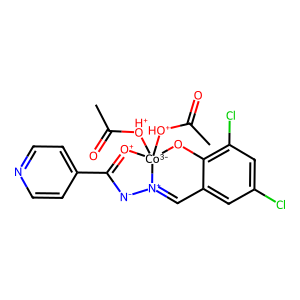
SMILES: CC(=O)[OH+][Co-3]12([OH+]C(C)=O)Oc3c(Cl)cc(Cl)cc3C=[N+]1[N-]C(c1ccncc1)=[O+]2
Inhibits HIV replication: No